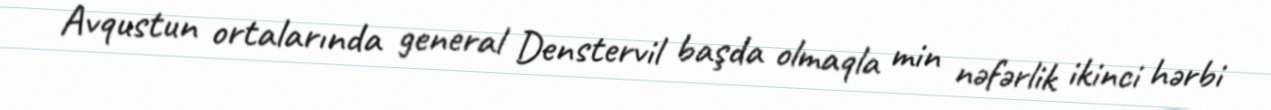
Avqustun ortalarında general Denstervil başda olmaqla min nəfərlik ikinci hərbi